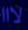
لااا